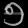
Digit: ၅